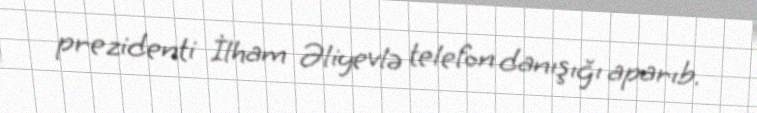
prezidenti İlham Əliyevlə telefon danışığı aparıb.